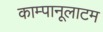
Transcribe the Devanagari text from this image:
काम्पानूलाटम